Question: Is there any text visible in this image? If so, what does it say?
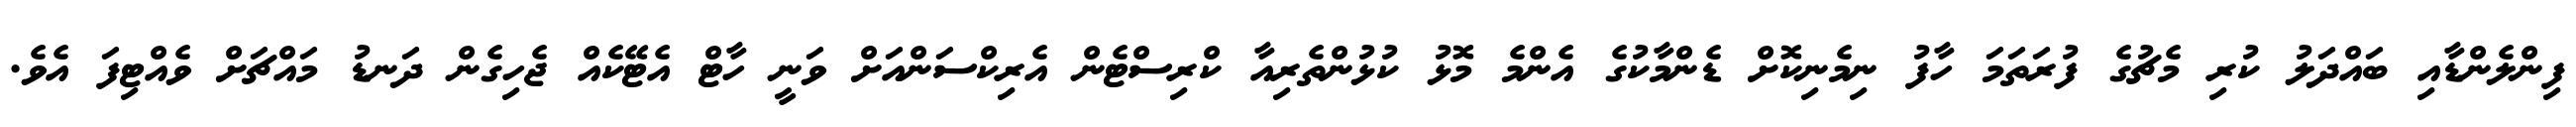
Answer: ފިންލެންޑާއި ބައްދަލު ކުރި މެޗުގެ ފުރަތަމަ ހާފު ނިމެނިކޮށް ޑެންމާކުގެ އެންމެ މޮޅު ކުޅުންތެރިއާ ކްރިސްޓެން އެރިކްސަންއަށް ވަނީ ހާޓް އެޓޭކެއް ޖެހިގެން ދަނޑު މައްޗަށް ވެއްޓިފަ އެވެ.